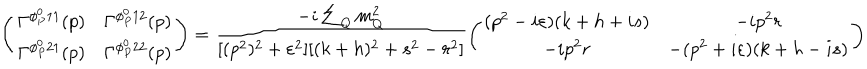
LaTeX: \left( \begin{matrix} { { \Gamma ^ { \phi _ { P } ^ { 0 } 1 1 } ( p ) } } & { { \Gamma ^ { \phi _ { P } ^ { 0 } 1 2 } ( p ) } } \\ { { \Gamma ^ { \phi _ { P } ^ { 0 } 2 1 } ( p ) } } & { { \Gamma ^ { \phi _ { P } ^ { 0 } 2 2 } ( p ) } } \\ \end{matrix} \right) = \frac { - i \sum _ { Q } m _ { Q } ^ { 2 } } { [ ( p ^ { 2 } ) ^ { 2 } + \varepsilon ^ { 2 } ] [ ( k + h ) ^ { 2 } + s ^ { 2 } - r ^ { 2 } ] } \left( \begin{matrix} { { ( p ^ { 2 } - i \varepsilon ) ( k + h + i s ) } } & { { - i p ^ { 2 } r } } \\ { { - i p ^ { 2 } r } } & { { - ( p ^ { 2 } + i \varepsilon ) ( k + h - i s ) } } \\ \end{matrix} \right)